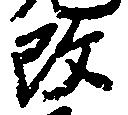
改